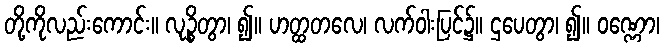
တို့ကိုလည်းကောင်း။ လုဉ္စိတွာ၊ ၍။ ဟတ္ထတလေ၊ လက်ဝါးပြင်၌။ ဌပေတွာ၊ ၍။ ဝဏ္ဏော၊